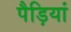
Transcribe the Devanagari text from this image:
पैड़ियां